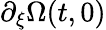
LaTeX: \partial_{\xi}\Omega(t,0)